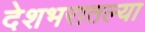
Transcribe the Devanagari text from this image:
देशभरातल्या